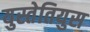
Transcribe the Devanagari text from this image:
युस्तेतियुस